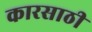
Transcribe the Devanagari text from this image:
कारसाठी